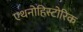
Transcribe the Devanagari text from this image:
एथनोहिस्टोरिक